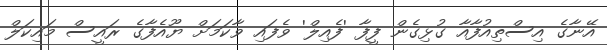
އޭނާގެ އިސްތިއުފާއާ ގުޅިގެން ފީފާ 'ފެއިލް' ވެފައި ވާކަމަށް ޔޫއެފާގެ ރައީސް މައިކަލް